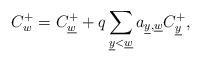
LaTeX: \begin{align*}C_w^+=C^+_{\underline{w}}+q\sum_{\underline{y}<\underline{w}}a_{\underline{y},\underline{w}}C^+_{\underline{y}},\end{align*}